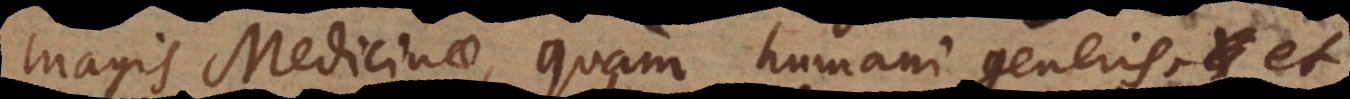
magis Medicinae, quam humani generis,